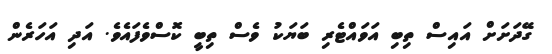
ގޭދަށަށް އައިސް ތިބި އަވައްޓެރި ބަޔަކު ވެސް ތިބީ ކޮސްވެފައެވެ. އަދި އަހަރެން